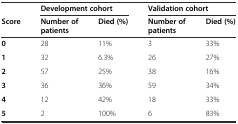
<table><thead><tr><td></td><td colspan="2"><b>Development cohort</b></td><td colspan="2"><b>Validation cohort</b></td></tr><tr><td><b>Score</b></td><td><b>Number of patients</b></td><td><b>Died (%)</b></td><td><b>Number of patients</b></td><td><b>Died (%)</b></td></tr></thead><tbody><tr><td><b>0</b></td><td>28</td><td>11%</td><td>3</td><td>33%</td></tr><tr><td><b>1</b></td><td>32</td><td>6.3%</td><td>26</td><td>27%</td></tr><tr><td><b>2</b></td><td>57</td><td>25%</td><td>38</td><td>16%</td></tr><tr><td><b>3</b></td><td>36</td><td>36%</td><td>59</td><td>34%</td></tr><tr><td><b>4</b></td><td>12</td><td>42%</td><td>18</td><td>33%</td></tr><tr><td><b>5</b></td><td>2</td><td>100%</td><td>6</td><td>83%</td></tr></tbody></table>